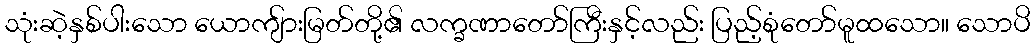
သုံးဆဲ့နှစ်ပါးသော ယောကျ်ားမြတ်တို့၏ လက္ခဏာတော်ကြီးနှင့်လည်း ပြည့်စုံတော်မူထသော။ သောပိ